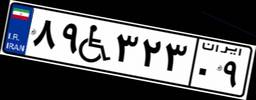
۴۷W۲۸۴۶۰